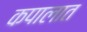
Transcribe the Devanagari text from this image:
कपालात